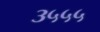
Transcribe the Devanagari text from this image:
३५५५